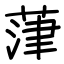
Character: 葏